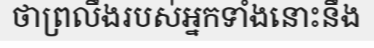
ថាព្រលឹងរបស់អ្នកទាំងនោះនឹង